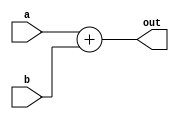
`timescale 1ns / 1ps
//////////////////////////////////////////////////////////////////////////////////
// Company: 
// Engineer: 
// 
// Design Name: 
// Module Name:    Adder 
// Project Name: 
// Target Devices: 
// Tool versions: 
// Description: 
//
// Dependencies: 
//
// Revision: 
// Revision 0.01 - File Created
// Additional Comments: 
//
//////////////////////////////////////////////////////////////////////////////////
module Adder(input[17:0] a, input[17:0] b, output reg[17:0] out);
   always @(a or b)
    begin
      out = a + b;
     end

endmodule